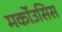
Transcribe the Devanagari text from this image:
मर्कोउसिस